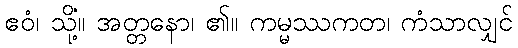
ဧဝံ၊ သို့။ အတ္တနော၊ ၏။ ကမ္မဿကတံ၊ ကံသာလျှင်